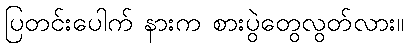
ပြတင်းပေါက် နားက စားပွဲတွေလွတ်လား။